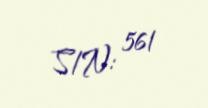
S/N: 561